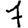
Digit: 7